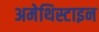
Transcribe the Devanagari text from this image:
अमेथिस्टाइन